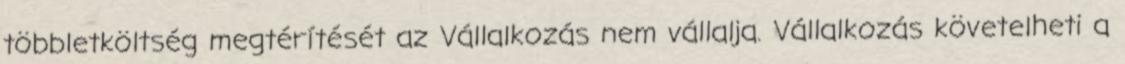
többletköltség megtérítését az Vállalkozás nem vállalja. Vállalkozás követelheti a